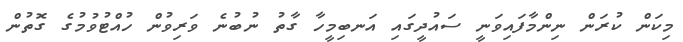
މިކަން ކުރަން ނިންމާފައިވަނީ ސައުދީގައި އަނބިމީހާ ގާތު ނުބުނެ ވަރިވުން ހުއްޓުވުމުގެ ގޮތުން